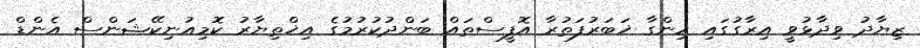
ޒިޔާދު ވިދާޅުވީ އިރާގުގައި ހިންގާ ޚަބަރުފަތުރާ އޮފީސްތައް ބަންދުކުރުމުގެ އިޚްތިޔާރު ކޮމިއުނިކޭޝަންސް އެންޑް